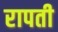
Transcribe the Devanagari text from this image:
रापती